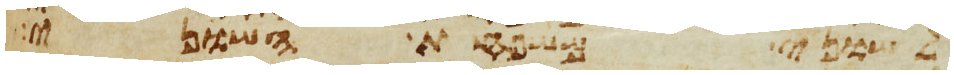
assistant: לשוני משפחת השוני